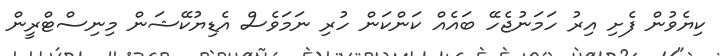
ކިޔެވުން ފެށި އިރު ހަމަނުޖެހޭ ބައެއް ކަންކަން ހުރި ނަމަވެސް އެޑިޔުކޭޝަން މިނިސްޓްރީން